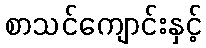
စာသင်ကျောင်းနှင့်